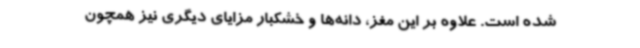
شده است. علاوه بر این مغز، دانه‌ها و خشکبار مزایای دیگری نیز همچون